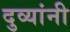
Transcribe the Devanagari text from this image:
दुव्यांनी